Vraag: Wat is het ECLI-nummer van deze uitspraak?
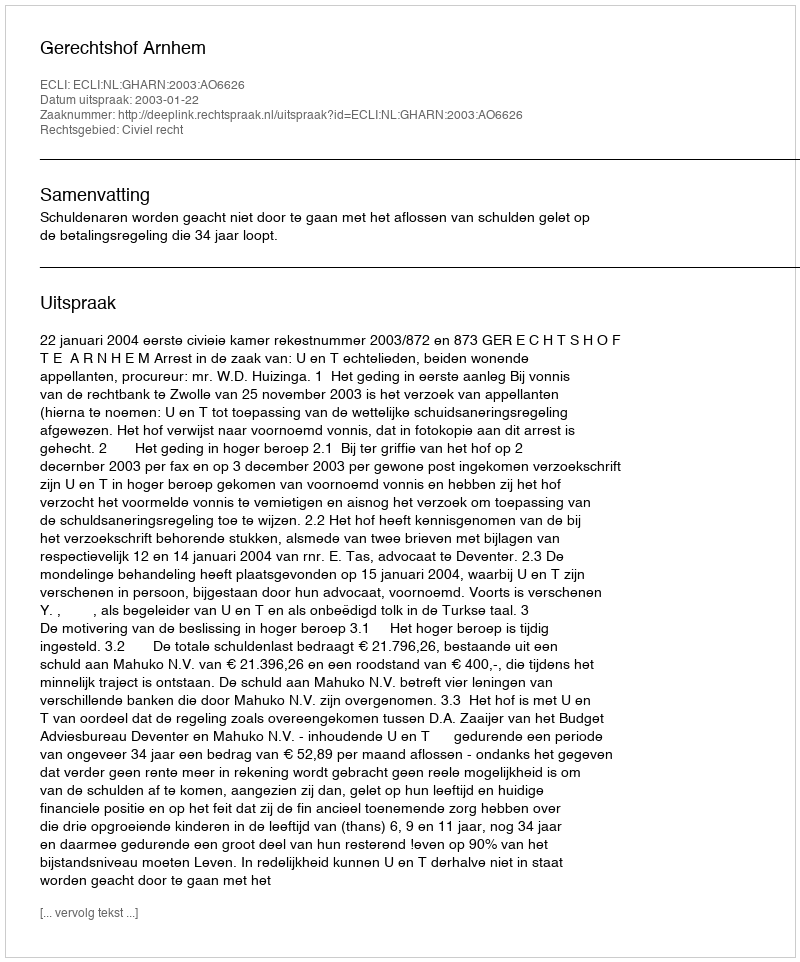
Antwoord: ECLI:NL:GHARN:2003:AO6626